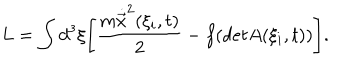
LaTeX: L = \int d ^ { 3 } \xi \Biggl [ \frac { m \dot { \vec { x } } ^ { 2 } ( \xi _ { i } , t ) } { 2 } - f ( d e t A ( \xi _ { i } , t ) ) \Biggr ] .